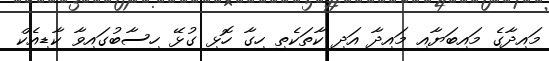
މައިދާގެ މައިބަޔާއި މައިދާ އަދި ކާތަކެތި ހިގާ ހޮޅި ގުޅޭ ހިސާބުގައިވާ ކާޑިއެކް